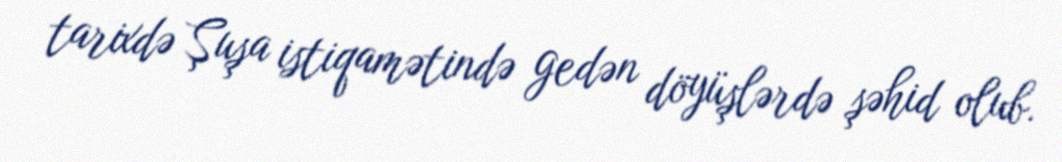
tarixdə Şuşa istiqamətində gedən döyüşlərdə şəhid olub.